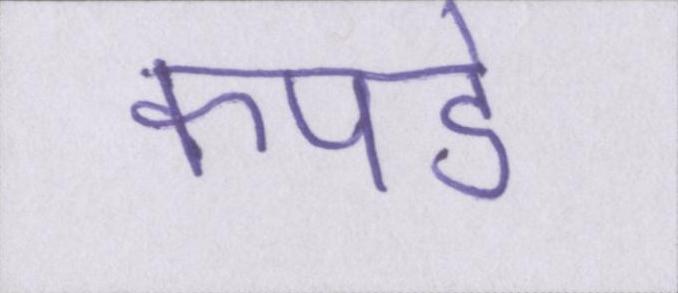
कपडे